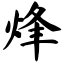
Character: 烽